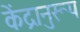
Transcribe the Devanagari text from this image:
केंद्रानुरूप